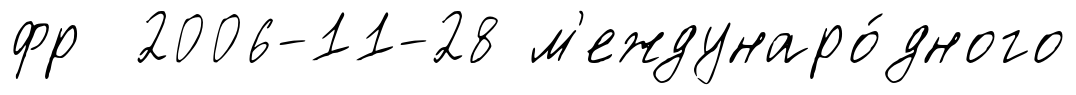
фр 2006-11-28 м'еждунаро́дного